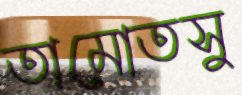
তামোতসু